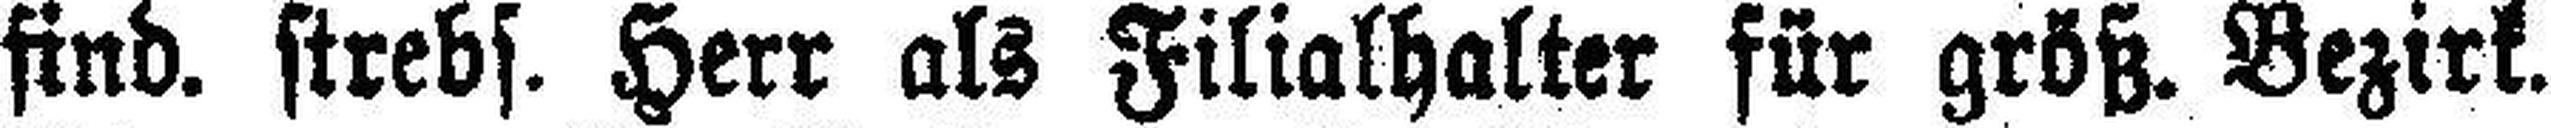
find, strebs. Herr als Filialhalter für größ. Bezirk.